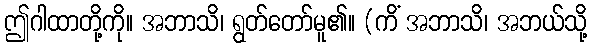
ဤဂါထာတို့ကို။ အဘာသိ၊ ရွတ်တော်မူ၏။ (ကိံ အဘာသိ၊ အဘယ်သို့